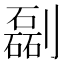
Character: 㔏